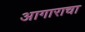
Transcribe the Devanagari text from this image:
आगाराचा